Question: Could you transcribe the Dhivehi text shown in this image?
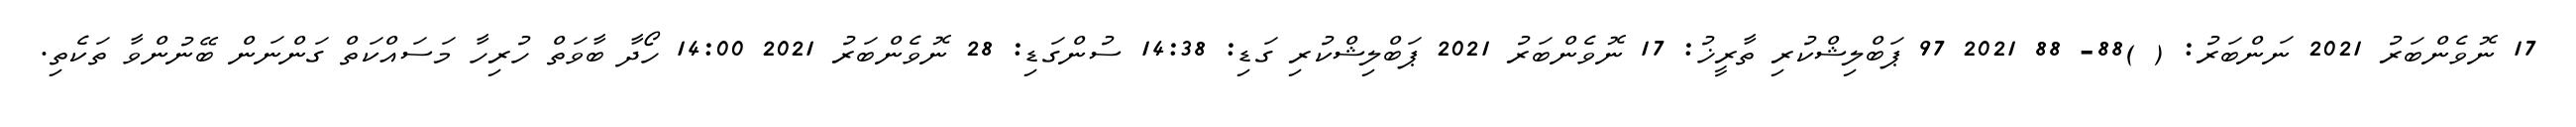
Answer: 17 ނޮވެންބަރު 2021 ނަންބަރު: ( )88- 88 2021 97 ޕަބްލިޝްކުރި ތާރީޚު: 17 ނޮވެންބަރު 2021 ޕަބްލިޝްކުރި ގަޑި: 14:38 ސުންގަޑި: 28 ނޮވެންބަރު 2021 14:00 ހޯދާ ބާވަތް ހުރިހާ މަސައްކަތް ގަންނަން ބޭނުންވާ ތަކެތި.